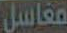
مغاسل